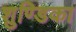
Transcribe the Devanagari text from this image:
शुण्डिका